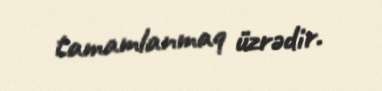
tamamlanmaq üzrədir.